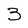
Character: 3